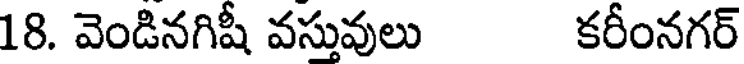
18. వెండినగిషీ వస్తువులు కరీంనగర్